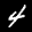
Label: 4